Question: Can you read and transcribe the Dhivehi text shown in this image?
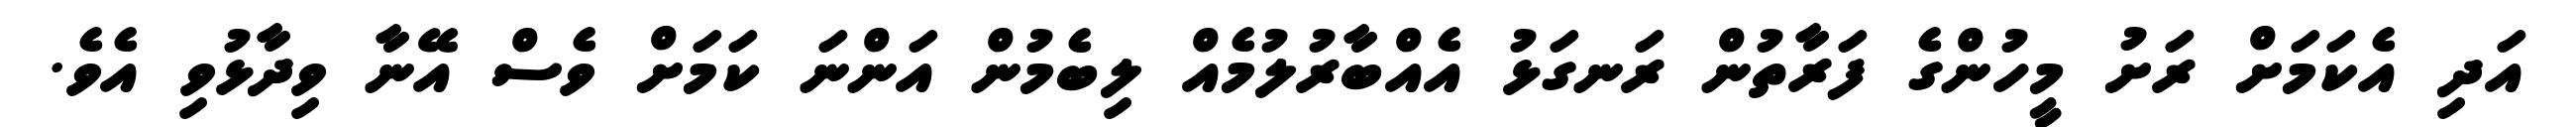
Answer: އަދި އެކަމަށް ރަށު މީހުންގެ ފަރާތުން ރަނގަޅު އެއްބާރުލުމެއް ލިބެމުން އަންނަ ކަމަށް ވެސް އޭނާ ވިދާޅުވި އެވެ.